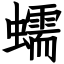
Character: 蠕